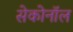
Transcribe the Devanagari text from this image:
सेकोनॉल